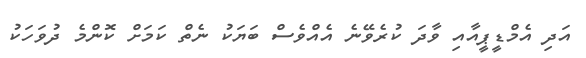
އަދި އެމްޑީޕީއާއި ވާދަ ކުރެވޭނެ އެއްވެސް ބަޔަކު ނެތް ކަމަށް ކޮންމެ ދުވަހަކު